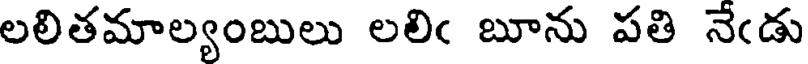
లలితమాల్యంబులు లలిఁ బూను పతి నేఁడు